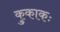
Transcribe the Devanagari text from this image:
कुकाकः